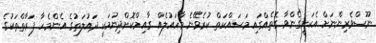
ނޫސްވެރިންނަށް އެކަށީގެންވާ ގޮތެއްގައި މަސައްކަތް ކުރެވޭނެ މާހައުލެއް ގާއިމްކޮށްދިނުމަކީ ދައުލަތުގެ އެންމެހާ ފަރާތްތަކުގެ